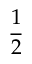
\frac 1 2